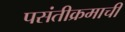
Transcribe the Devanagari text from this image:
पसंतीक्रमाची